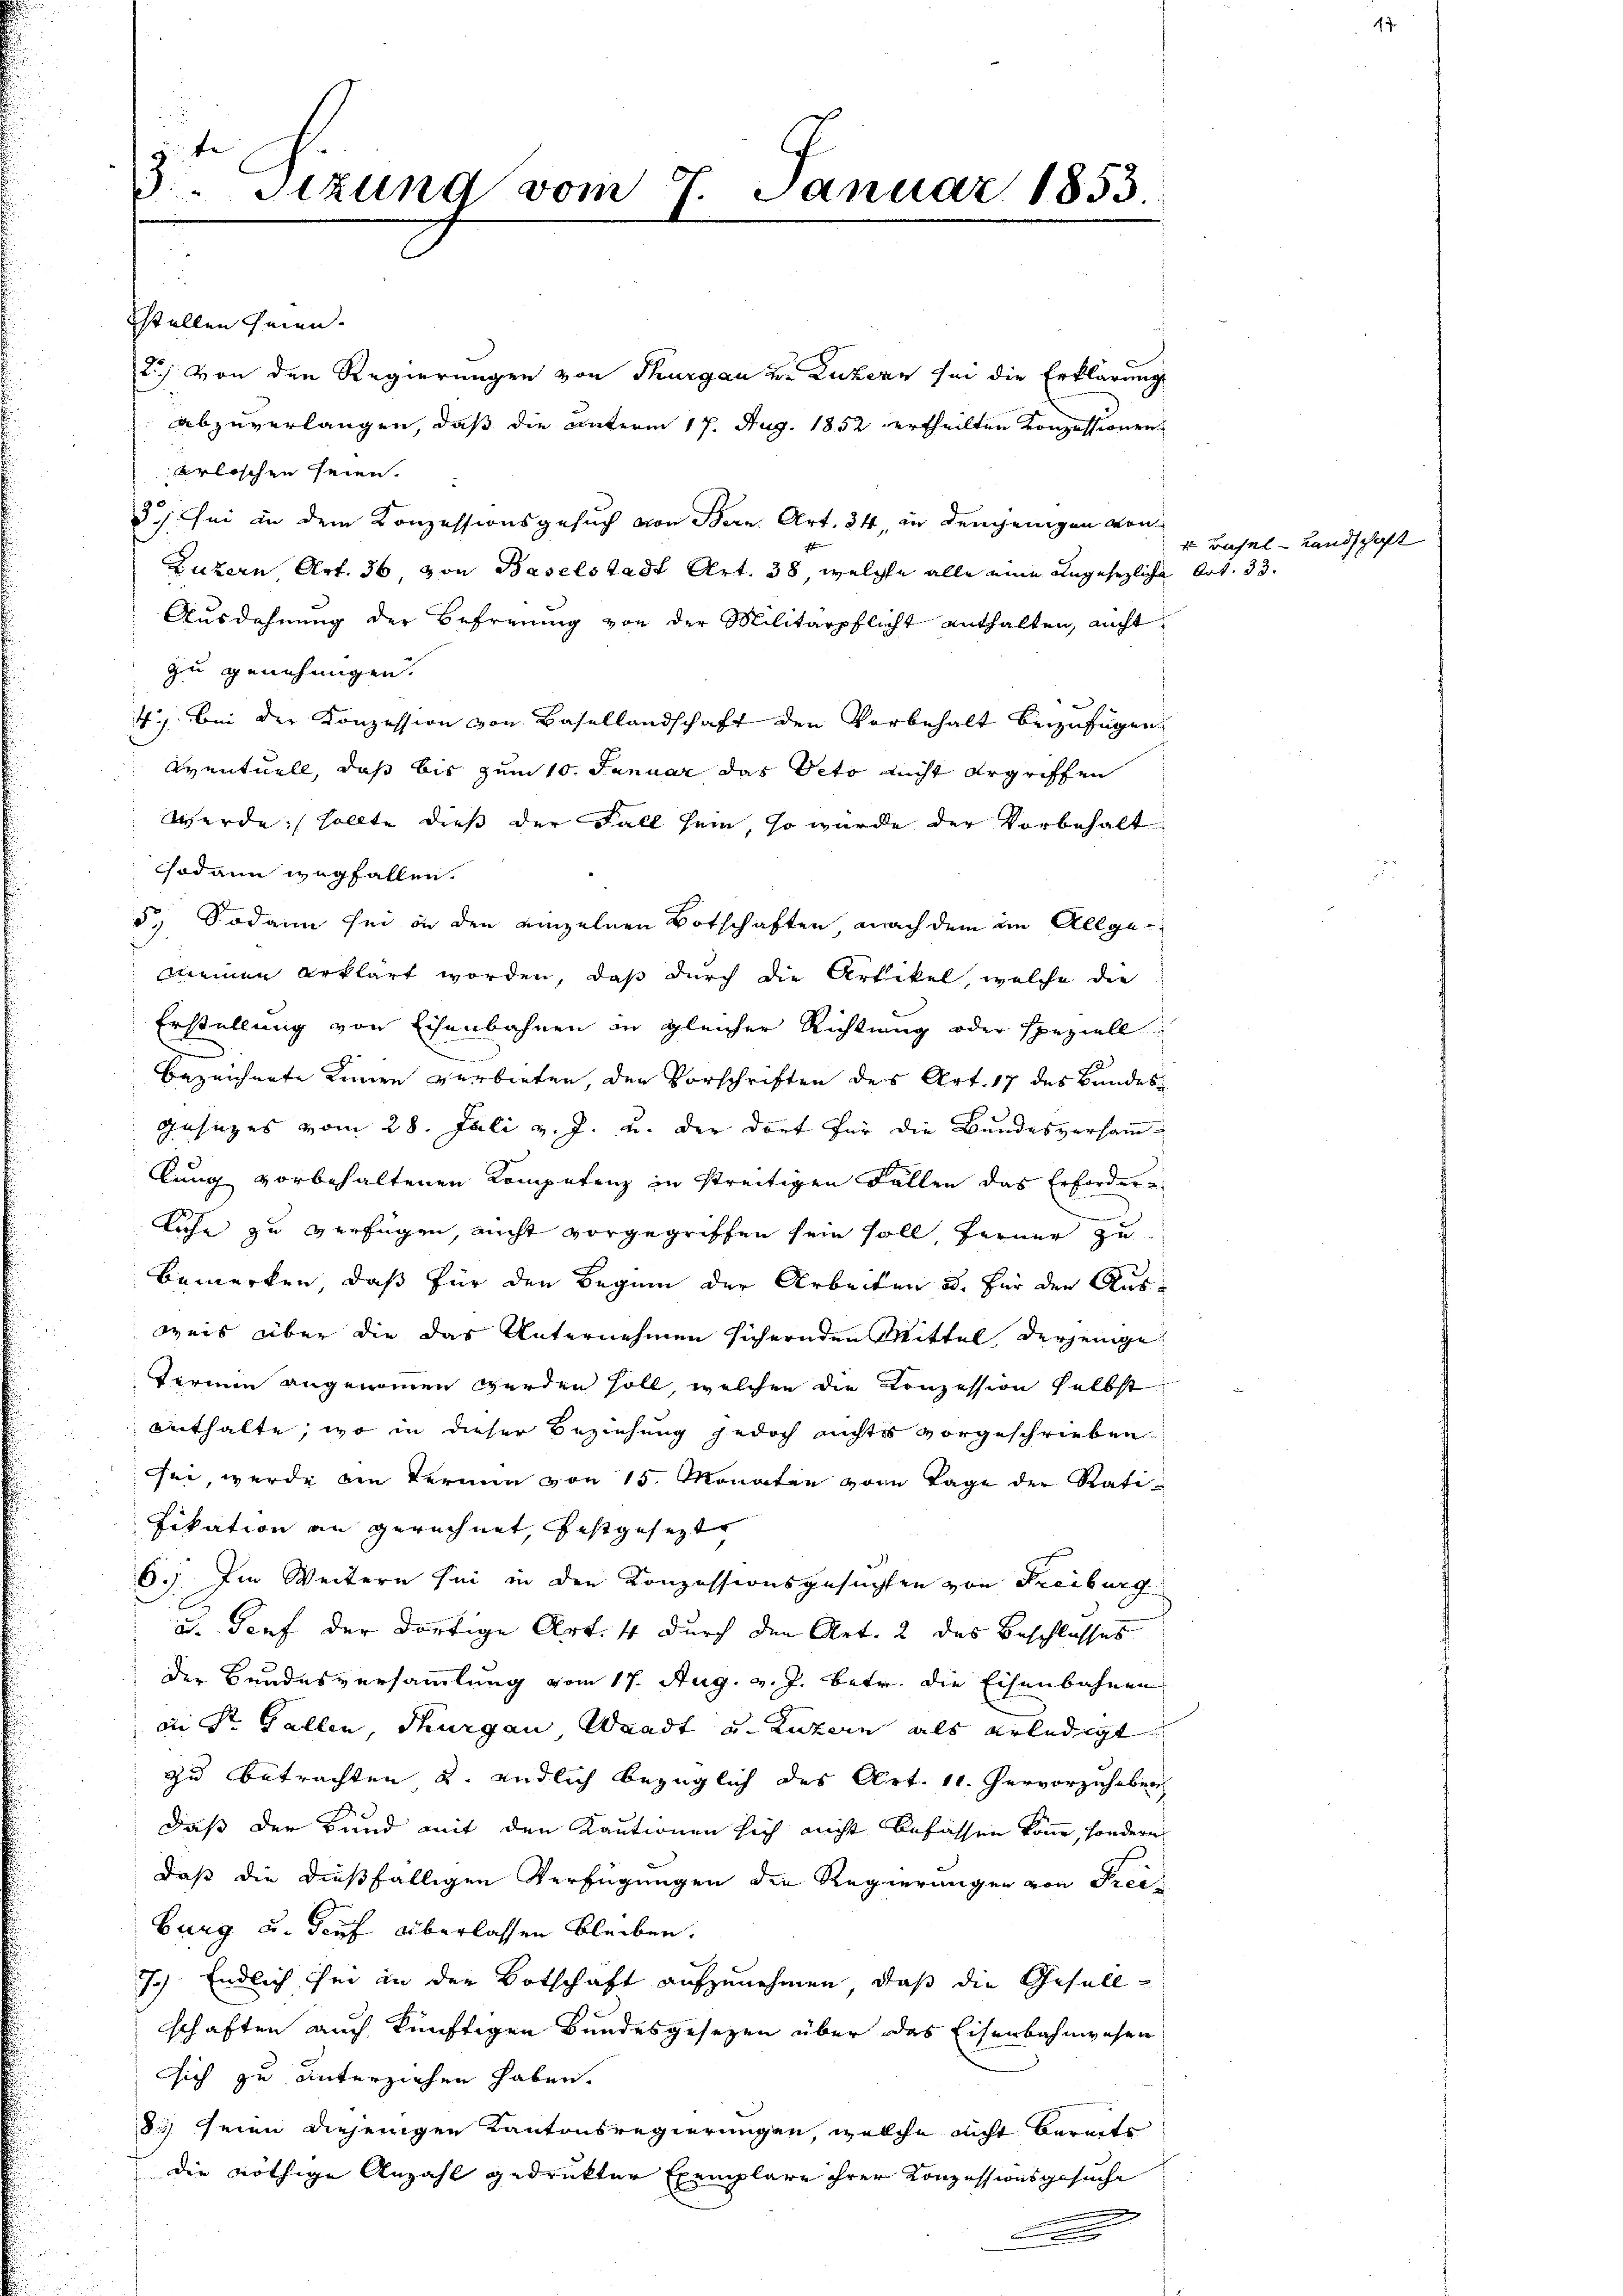
3. Sitzung vom 7. Januar 1853.
e

stellen seien.
2.) Von den Regierungen von Thurgau v. Luzern sei die Erklärung
abzuverlangen, daß die Unterm 17. Aug. 1852 ertheilten Konzessionen
erloschen seien.
3./. sei an dem Konzessionsgesuch von Bern Art. 34, in denjenigen von
Luzern, Art. 36 von Baselstadt Art. 38 welche alle eine angesezliche
Ausdehnung der Befreiung von der Militärpflicht enthalten, nicht
zu genehmigen.
4.) Bei der Konzession von Basellandschaft den Vorbehalt beizufügen,
eventuell, daß bis zum 10. Januar das Veto nicht ergriffen
werde, sollte dieß der Fall sein, so würde der Vorbehalt
Csodann wegfallen.
5, Sodann sei in den einzelnen Botschaften nach dem im Allge¬
Meinen erklärt worden, daß durch die Artikel, welche die
Erstellung von Eisenbahnen in gleicher Richtung oder speziell
bezeichnete Linien verbieten, den Vorschriften des Art. 17 des Bundes¬
Gesezes vom 28. Juli v. J. u. der dort für die Bundesversammlung vorbehaltenen Kompetenz in streitigen Fällen das Erfordern
liche zu verfügen, nicht vorgegriffen sein soll, ferner zu
Bemerken, daß für den Beginn der Arbeiten od. für den Ausweis über die das Unternehmen sichernden Mittel, derjenige
Fermen angenommen werden soll, welcher die Konzession selbst
enthalte, wo in dieser Beziehung jedoch nichts vorgeschrieben
sei wurde bei Termin von 15. Monaten vom Tage der Ratifikation an gerechnet, festgesezt
6. Im Weitern sei in den Konzessionsgesuchten von Freiburg
u. Torf der dortige Art. 4 durch den Art. 2 des Beschlusses
 der Bundesversammlung vom 17. Aug. v. J. betr. die Eisenbahnen
an Sr. Gallen, Thurgau, Waadt u. Luzern als erledigt
zu betrachten u. endlich bezüglich des Art. 11. hervorzuheben
daß der Bund mit den Kautionen sich nicht befassen könne, sondern
daß die dießfälligen Verfügungen den Regierungen von Freiburg u. Kauf überlassen bleiben.
I.) Endlich sei in der Botschaft aufzunehmen, daß die Gesellschaften auch künftigen Bundesgesetzen über das Eisenbahnwesen
sich zu unterziehen haben.
83) seien diejenigen Kantonsregierungen, welche nicht bereits
die nöthige Anzahl gedrukter Exemplare ihrer Konzessionsgesuche

m

Basel-Landschaft
Art. 33.